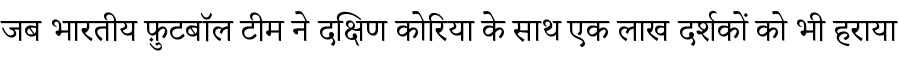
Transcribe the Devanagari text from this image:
जब भारतीय फ़ुटबॉल टीम ने दक्षिण कोरिया के साथ एक लाख दर्शकों को भी हराया